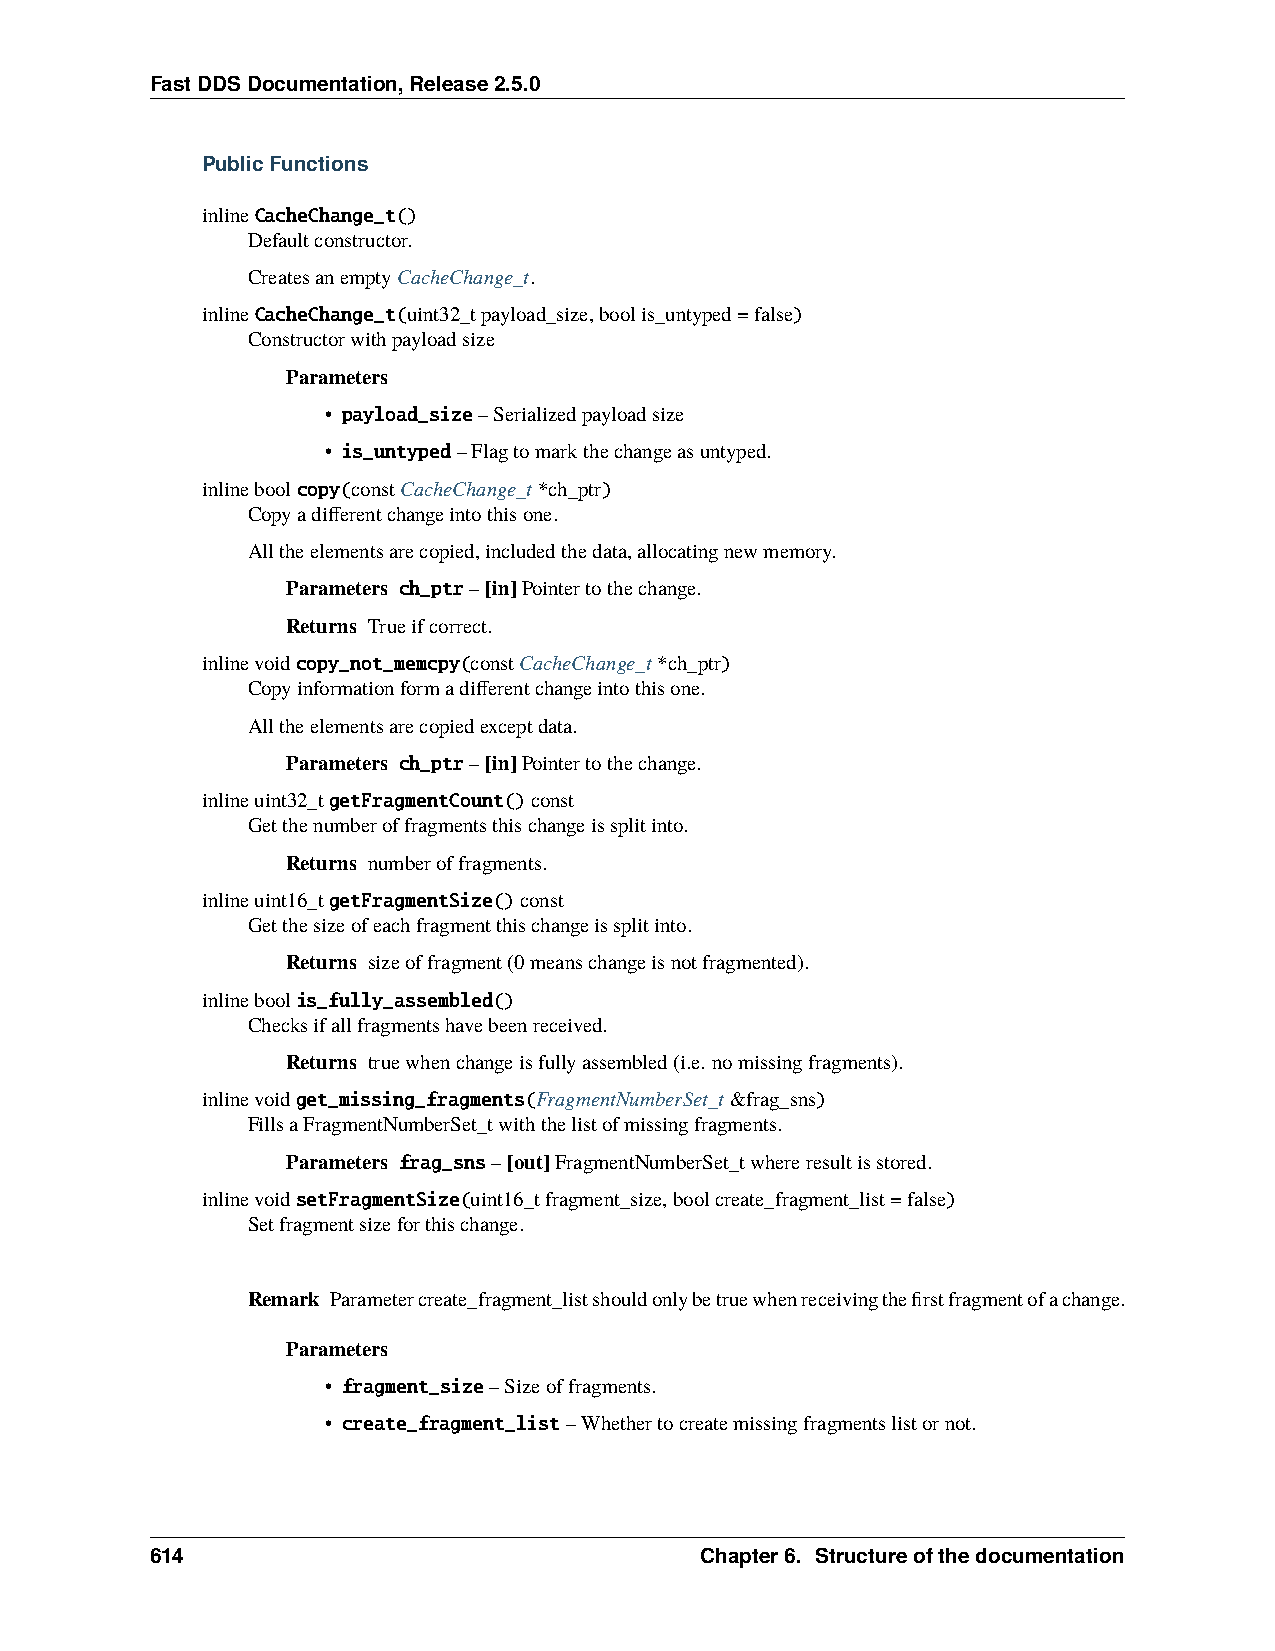
FastDDSDocumentation,Release2.5.0
 PublicFunctions
 inlineCacheChange_t()
 Defaultconstructor.
 CreatesanemptyCacheChange_t.
 inlineCacheChange_t(uint32_tpayload_size,boolis_untyped=false)
 Constructorwithpayloadsize
 Parameters
 • payload_size–Serializedpayloadsize
 • is_untyped–Flagtomarkthechangeasuntyped.
 inlineboolcopy(constCacheChange_t*ch_ptr)
 Copyadifferentchangeintothisone.
 Alltheelementsarecopied,includedthedata,allocatingnewmemory.
 Parameters ch_ptr–[in]Pointertothechange.
 Returns Trueifcorrect.
 inlinevoidcopy_not_memcpy(constCacheChange_t*ch_ptr)
 Copyinformationformadifferentchangeintothisone.
 Alltheelementsarecopiedexceptdata.
 Parameters ch_ptr–[in]Pointertothechange.
 inlineuint32_tgetFragmentCount()const
 Getthenumberoffragmentsthischangeissplitinto.
 Returns numberoffragments.
 inlineuint16_tgetFragmentSize()const
 Getthesizeofeachfragmentthischangeissplitinto.
 Returns sizeoffragment(0meanschangeisnotfragmented).
 inlineboolis_fully_assembled()
 Checksifallfragmentshavebeenreceived.
 Returns truewhenchangeisfullyassembled(i.e. nomissingfragments).
 inlinevoidget_missing_fragments(FragmentNumberSet_t&frag_sns)
 FillsaFragmentNumberSet_twiththelistofmissingfragments.
 Parameters frag_sns–[out]FragmentNumberSet_twhereresultisstored.
 inlinevoidsetFragmentSize(uint16_tfragment_size,boolcreate_fragment_list=false)
 Setfragmentsizeforthischange.
 Remark Parametercreate_fragment_listshouldonlybetruewhenreceivingthefirstfragmentofachange.
 Parameters
 • fragment_size–Sizeoffragments.
 • create_fragment_list–Whethertocreatemissingfragmentslistornot.
 614                                 Chapter6. Structureofthedocumentation